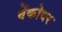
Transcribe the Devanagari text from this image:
वेंकोवर